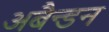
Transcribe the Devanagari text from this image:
अबैन्डन